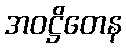
အဝဋ္ဌိတေန